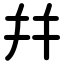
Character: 幷